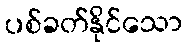
ပစ်ခတ်နိုင်သော